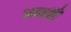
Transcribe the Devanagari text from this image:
अहर्ताएँ